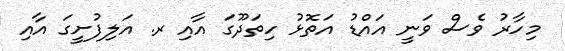
މިހާރު ވެސް ވަނީ އައްޑު އަތޮޅު ހިތަދޫގަ އާއި ރ. އަލިފުށީގަ އާއި